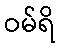
ဝမ်ရိ